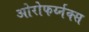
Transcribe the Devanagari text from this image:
ओरोफर्य्नक्स